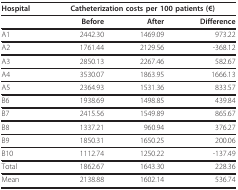
<table><thead><tr><td><b>Hospital</b></td><td colspan="3"><b>Catheterization costs per 100 patients (€)</b></td></tr></thead><tbody><tr><td></td><td><b>Before</b></td><td><b>After</b></td><td><b>Difference</b></td></tr><tr><td>A1</td><td>2442.30</td><td>1469.09</td><td>973.22</td></tr><tr><td>A2</td><td>1761.44</td><td>2129.56</td><td>-368.12</td></tr><tr><td>A3</td><td>2850.13</td><td>2267.46</td><td>582.67</td></tr><tr><td>A4</td><td>3530.07</td><td>1863.95</td><td>1666.13</td></tr><tr><td>A5</td><td>2364.93</td><td>1531.36</td><td>833.57</td></tr><tr><td>B6</td><td>1938.69</td><td>1498.85</td><td>439.84</td></tr><tr><td>B7</td><td>2415.56</td><td>1549.89</td><td>865.67</td></tr><tr><td>B8</td><td>1337.21</td><td>960.94</td><td>376.27</td></tr><tr><td>B9</td><td>1850.31</td><td>1650.25</td><td>200.06</td></tr><tr><td>B10</td><td>1112.74</td><td>1250.22</td><td>-137.49</td></tr><tr><td>Total</td><td>1862.67</td><td>1643.30</td><td>228.36</td></tr><tr><td>Mean</td><td>2138.88</td><td>1602.14</td><td>536.74</td></tr></tbody></table>